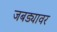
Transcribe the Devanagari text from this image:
जबड्यावर